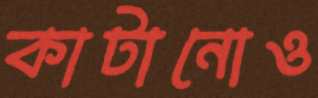
কাটানোও